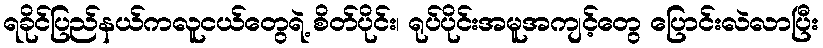
ရခိုင်ပြည်နယ်ကလူငယ်တွေရဲ့ စိတ်ပိုင်း၊ ရုပ်ပိုင်းအမူအကျင့်တွေ ပြောင်းလဲလာပြီး